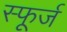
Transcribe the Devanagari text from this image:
स्फूर्ज